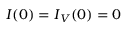
\boldsymbol { I } ( 0 ) = \boldsymbol { I } _ { V } ( 0 ) = \boldsymbol { 0 }